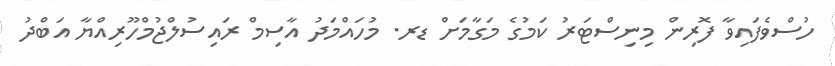
ހުސްވެފައިވާ ފޮރިން މިނިސްޓަރު ކަމުގެ މަގާމަށް ޑރ. މުހައްމަދު އާސިމް ރައިސުލްޖުމްހޫރިއްޔާ އަބްދު